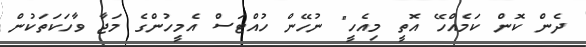
ދެން ކޮން ކަމެއްހޭ އޮތީ މިއެހީ" ނުހޭން ހުއްޓަސް އެމީހުންގެ މަޖާ ވާހަކަތަކުން